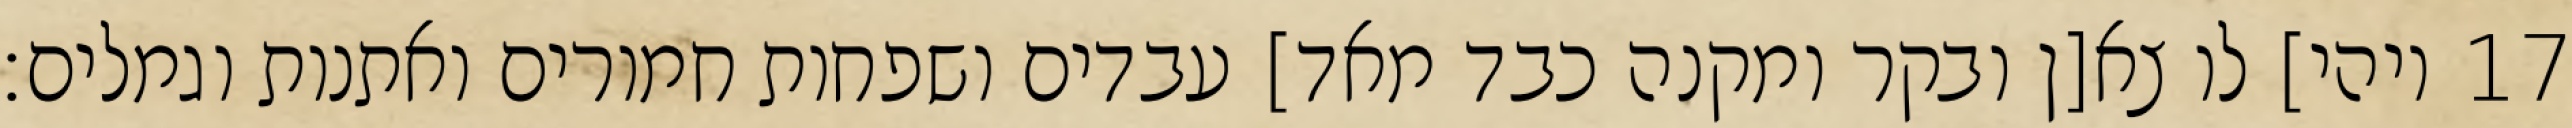
ויהי] לו צא[ן ובקר ומקנה כבד מאד] עבדים ושפחות חמורים ואתנות וגמלים׃ ‎17‏